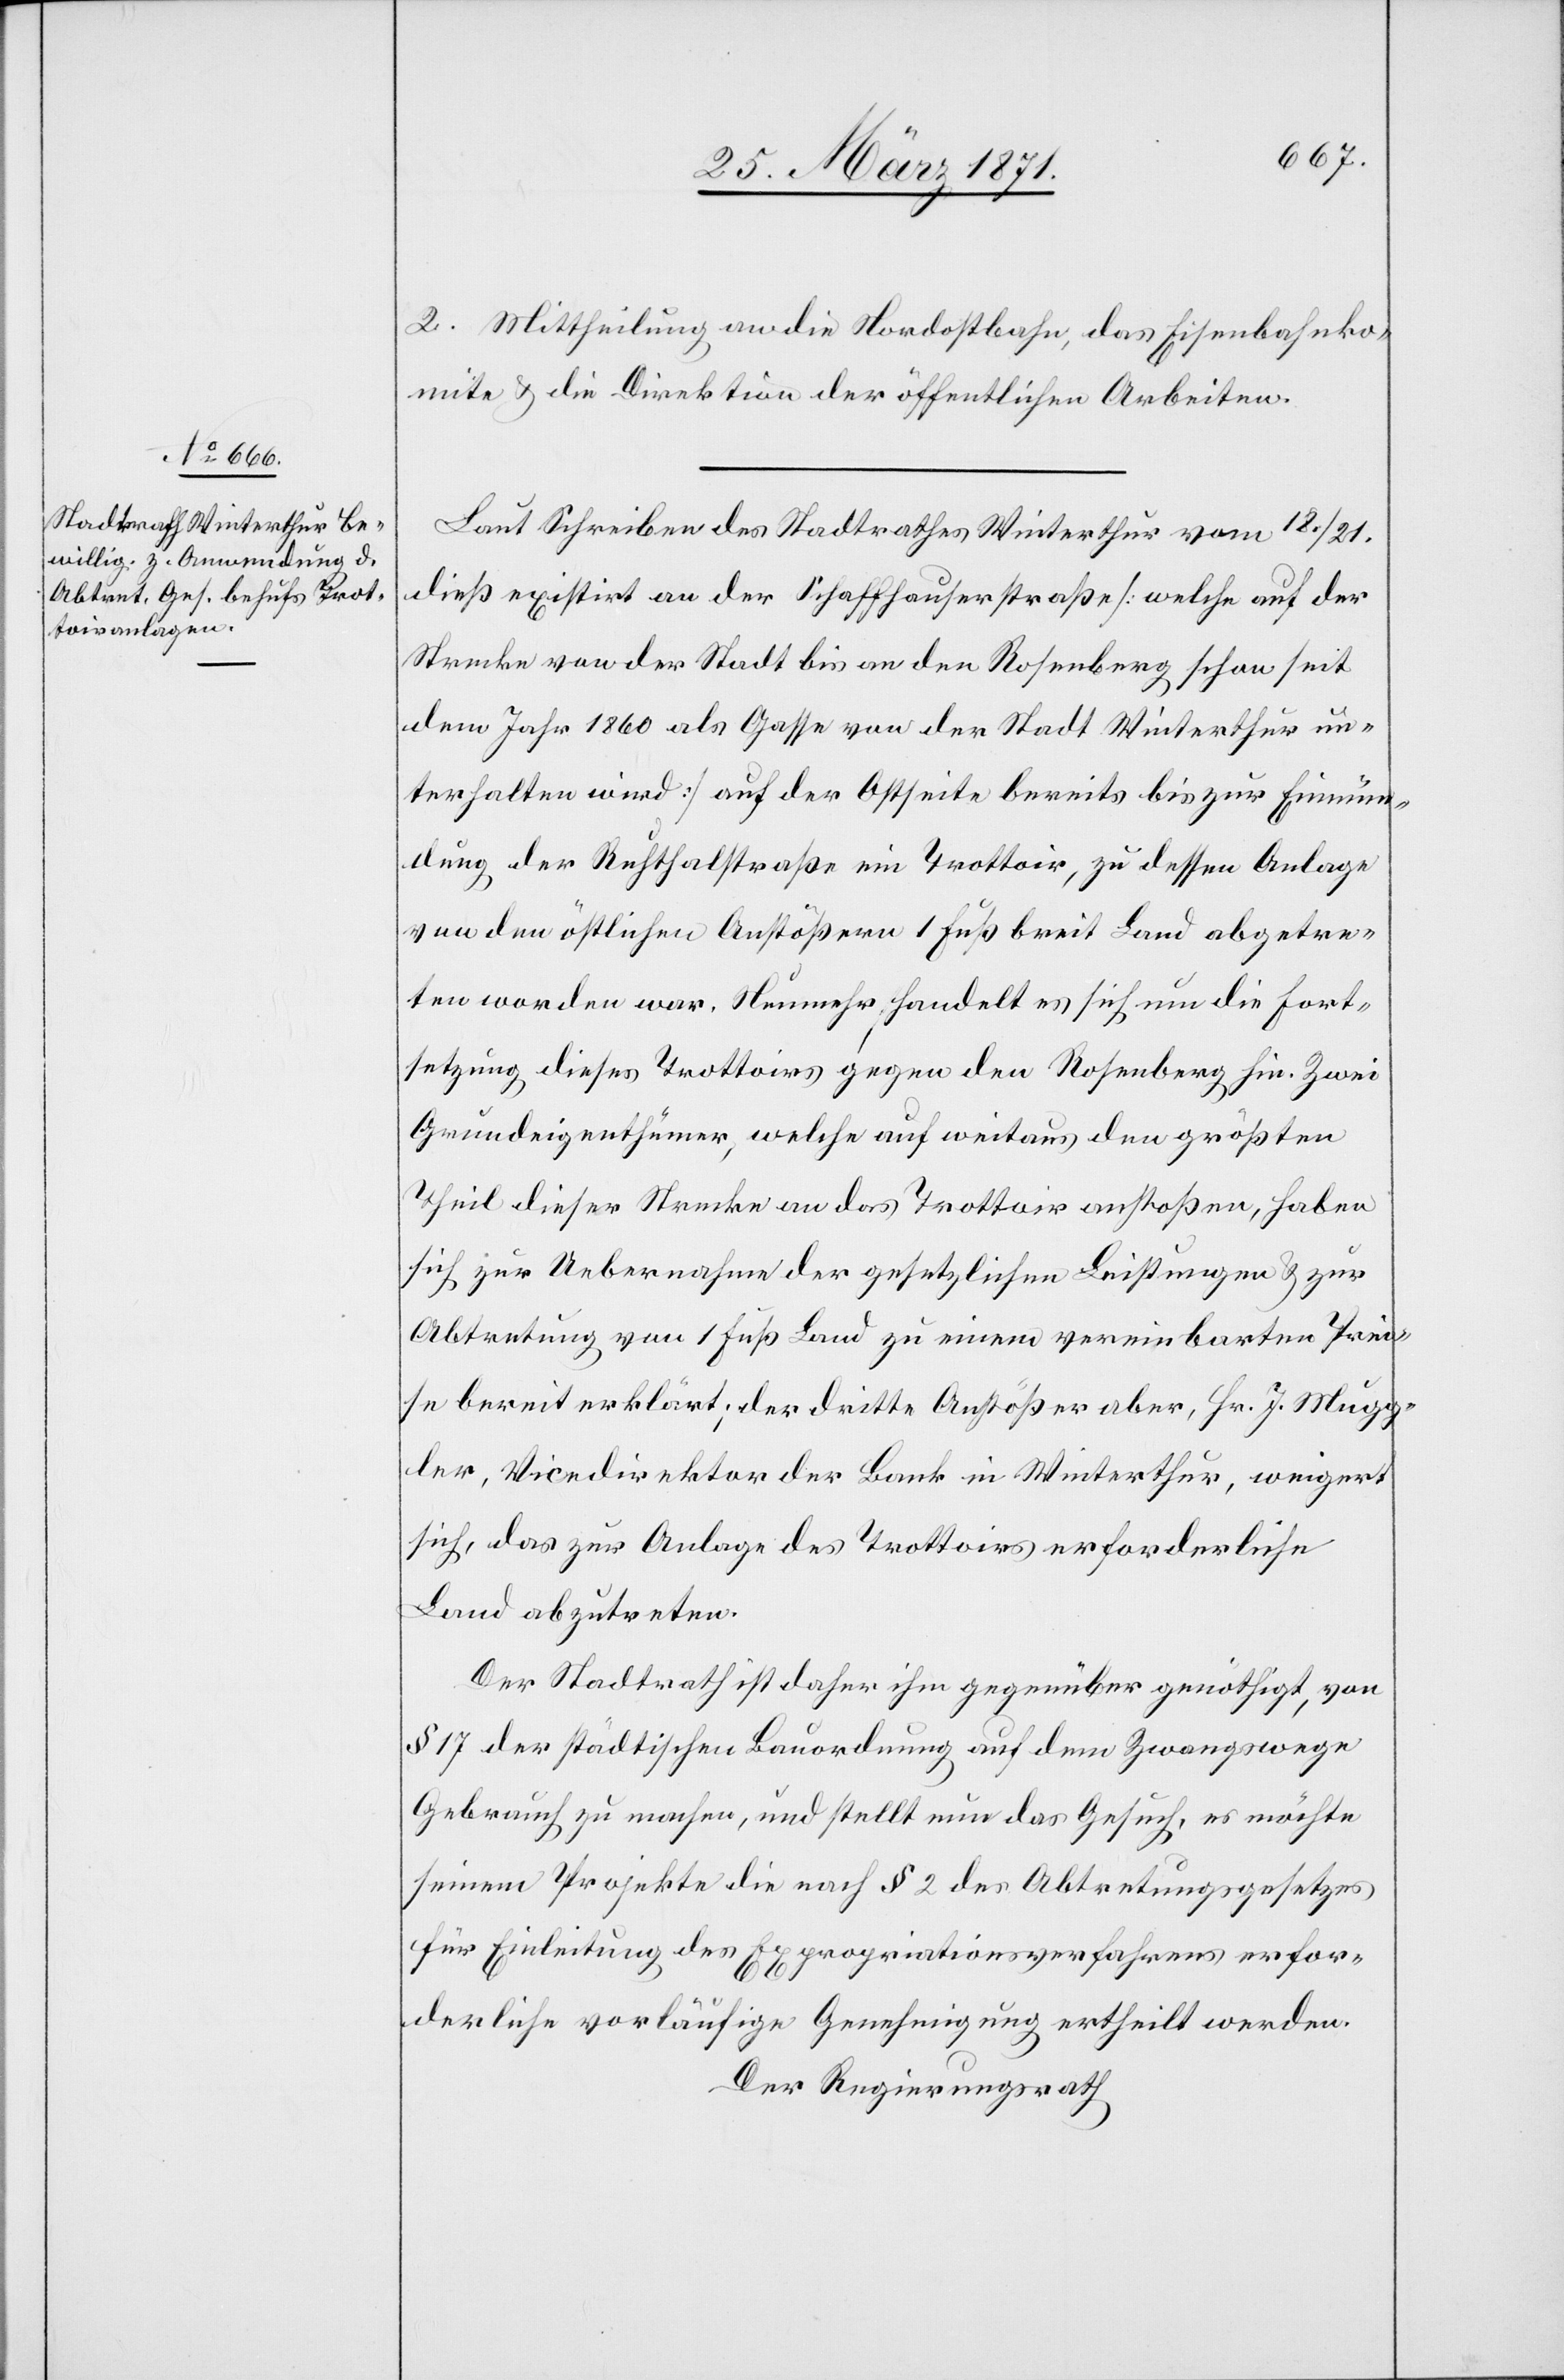
2. Mittheilung an die Nordostbahn, das Eisenbahnko¬
mite u. die Direktion der öffentlichen Arbeiten.
Laut Schreiben des Stadtrathes Winterthur vom 18. / 21.
dieß existirt an der Schaffhauserstraße [welche auf der
Strecke von der Stadt bis an den Rosenberg schon seit
dem Jahr 1860 als Gasse von der Stadt Winterthur un¬
terhalten wird] auf der Ostseite bereits bis zur Einmün¬
dung der Ruhthalstraße ein Trottoir, zu dessen Anlage
von den östlichen Anstößern 1 Fuß breit Land abgetre¬
ten worden war. Nunmehr handelt es sich um die Fort¬
setzung dieses Trottoirs gegen den Rosenberg hin. Zwei
Grundeigenthümer, welche auf weitaus den größten
Theil dieser Strecke an das Trottoir anstoßen, haben
sich zur Uebernahme der gesetzlichen Leistungen u. zur
Abtretung von 1 Fuß Land zu einem vereinbarten Prei¬
se bereit erklärt; der dritte Anstößer aber, Hr. J. Mugg¬
ler, Vicedirektor der Bank in Winterthur, weigert
sich, das zur Anlage des Trottoirs erforderliche
Land abzutreten.
Der Stadtrath ist daher ihm gegenüber genöthigt, von
§ 17 der städtischen Bauordnung auf dem Zwangswege
Gebrauch zu machen, und stellt nun das Gesuch, es möchte
seinem Projekte die nach § 2 des Abtretungsgesetzes
für Einleitung des Expropriationsverfahrens erfor¬
derliche vorläufige Genehmigung ertheilt werden.
Der Regierungsrath